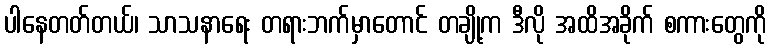
ပါနေတတ်တယ်၊ သာသနာရေး တရားဘက်မှာတောင် တချို့က ဒီလို အထိအခိုက် စကားတွေကို